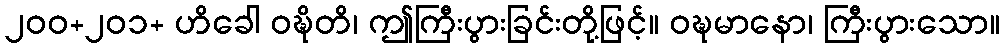
၂၀၀+၂၀၁+ ဟိခေါ ဝဍ္ဎိတိ၊ ဤကြီးပွားခြင်းတို့ဖြင့်။ ဝဍ္ဎမာနော၊ ကြီးပွားသော။